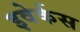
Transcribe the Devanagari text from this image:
इवेर्कस